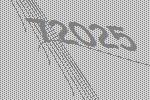
72025